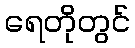
ရေတိုတွင်